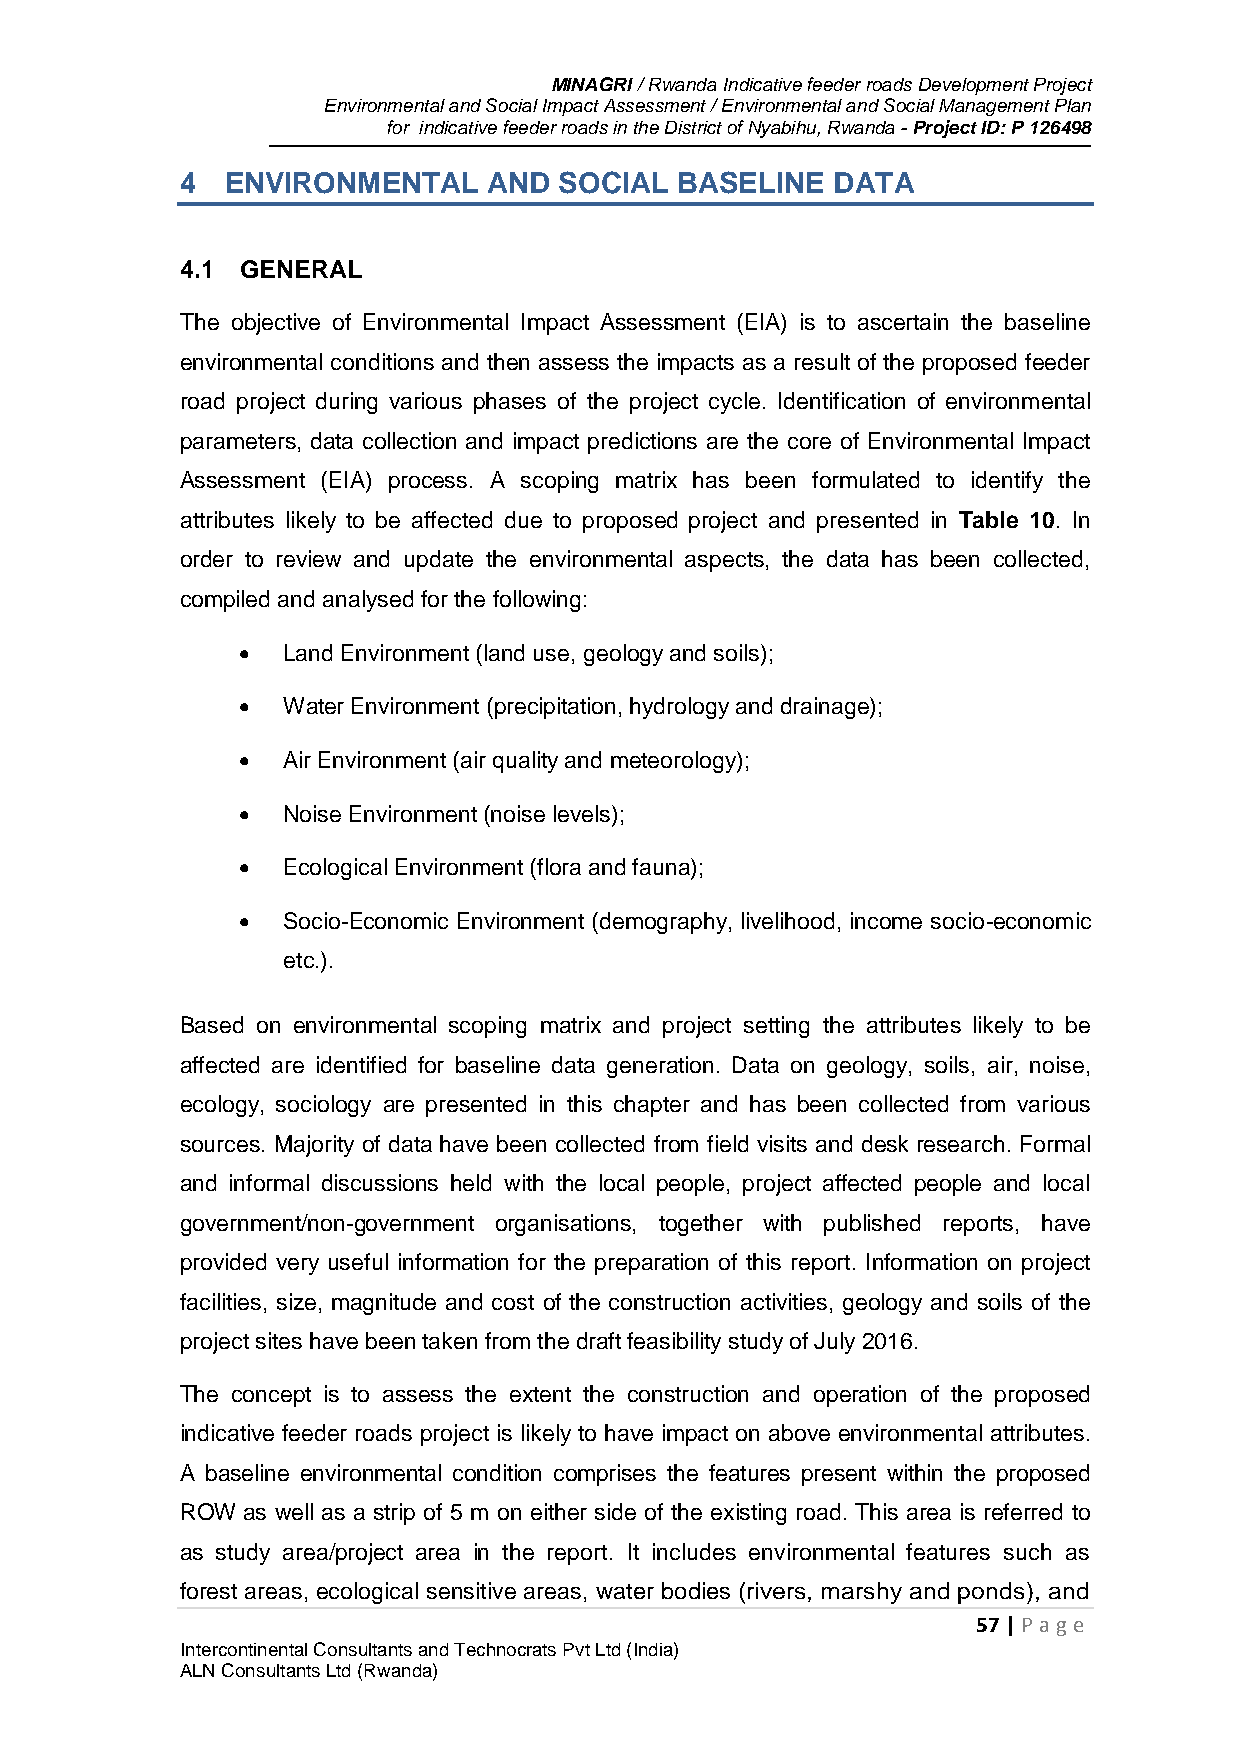
MINAGRI / Rwanda Indicative feeder roads Development Project
 Environmental and Social Impact Assessment / Environmental and Social Management Plan
 for indicative feeder roads in the District of Nyabihu, Rwanda - Project ID: P 126498
 4  ENVIRONMENTAL    AND  SOCIAL  BASELINE  DATA
 4.1 GENERAL
 The objective of Environmental Impact Assessment (EIA) is to ascertain the baseline
 environmental conditions and then assess the impacts as a result of the proposed feeder
 road project during various phases of the project cycle. Identification of environmental
 parameters, data collection and impact predictions are the core of Environmental Impact
 Assessment (EIA) process. A scoping matrix has been formulated to identify the
 attributes likely to be affected due to proposed project and presented in Table 10. In
 order to review and update the environmental aspects, the data has been collected,
 compiled and analysed for the following:
   Land Environment (land use, geology and soils);
   Water Environment (precipitation, hydrology and drainage);
   Air Environment (air quality and meteorology);
   Noise Environment (noise levels);
   Ecological Environment (flora and fauna);
   Socio-Economic Environment (demography, livelihood, income socio-economic
 etc.).
 Based on environmental scoping matrix and project setting the attributes likely to be
 affected are identified for baseline data generation. Data on geology, soils, air, noise,
 ecology, sociology are presented in this chapter and has been collected from various
 sources. Majority of data have been collected from field visits and desk research. Formal
 and informal discussions held with the local people, project affected people and local
 government/non-government organisations, together with published reports, have
 provided very useful information for the preparation of this report. Information on project
 facilities, size, magnitude and cost of the construction activities, geology and soils of the
 project sites have been taken from the draft feasibility study of July 2016.
 The concept is to assess the extent the construction and operation of the proposed
 indicative feeder roads project is likely to have impact on above environmental attributes.
 A baseline environmental condition comprises the features present within the proposed
 ROW as well as a strip of 5 m on either side of the existing road. This area is referred to
 as study area/project area in the report. It includes environmental features such as
 forest areas, ecological sensitive areas, water bodies (rivers, marshy and ponds), and
 57 | P age
 Intercontinental Consultants and Technocrats Pvt Ltd (India)
 ALN Consultants Ltd (Rwanda)